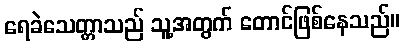
ရေခဲသေတ္တာသည် သူ့အတွက် တောင်ဖြစ်နေသည်။